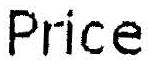
PRICE